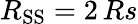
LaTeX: R_{\mathrm{SS}}=2\, Rs